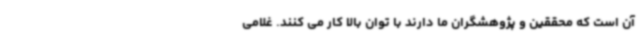
آن است که محققین و پژوهشگران ما دارند با توان بالا کار می کنند. غلامی